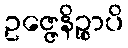
ဥဇ္ဇေနိဉ္စာပိ